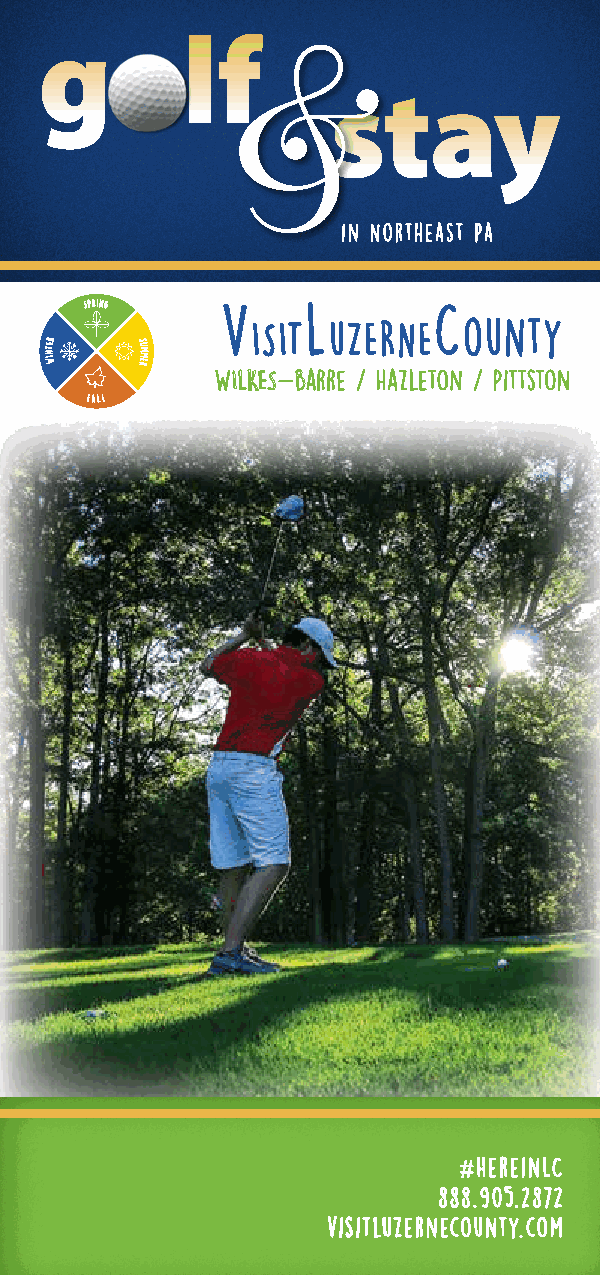
golf
 stay
 in Northeast Pa
 SPRING   V    L        C
 ISIT uZERNE   ounty
 NIT WER S RU EMM
 WILKES-barre / Hazleton / Pittston
 FALL
 #HereinLC
 888.905.2872
 visitluzernecounty.com